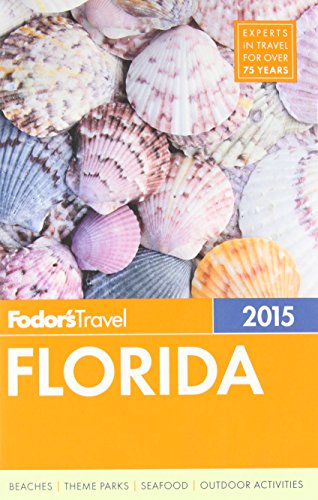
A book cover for Fodor's Florida 2015 (Full-color Travel Guide); Fodor's; Travel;